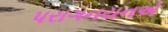
પરાગનયનએ